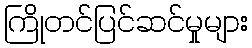
ကြိုတင်ပြင်ဆင်မှုများ